system: You are a helpful assistant.
user:
Analyze the provided spectrum to determine if it is a **White Dwarf (WD)**.

A White Dwarf spectrum is defined by its **extreme purity** (due to gravitational settling) and/or **extreme pressure broadening** (due to high surface gravity). You must check for one of the following mutually exclusive signatures:

- **Key Visual Indicators (Check for ONE of these types):**

    - **1. DA-Type Signature (Most Common):**
        - **(Primary Feature):** Extreme pressure broadening (Stark broadening) of the **Hydrogen (H) Balmer lines**.
        - **(Key Lines):** $H\beta$ (approx. $4861$ Å) and $H\gamma$ (approx. $4340$ Å). $H\alpha$ (approx. $6563$ Å) will also be present if the wavelength range covers it.
        - **(Line Profile):** This is the **defining feature**. The lines are **NOT** sharp. They appear as massive, **extremely broad and deep "troughs" or "dips"** in the spectrum, often hundreds of Ångströms wide. The continuum will appear to "scoop" down at these wavelengths.
        - **(Distinction):** Normal A-type or B-type stars have *narrow* and *sharp* Hydrogen lines. A DA White Dwarf's lines are unmistakably "smeared" or "blurry" from pressure.

    - **2. DB-Type Signature:**
        - **(Primary Feature):** Broad absorption lines from **Neutral Helium (He I)**. The spectrum must lack any visible Hydrogen lines.
        - **(Key Lines):** Look for broad absorption near $4471$ Å, $4921$ Å, and $5876$ Å.
        - **(Line Profile):** These lines are also significantly pressure-broadened, appearing much wider than they would in a normal B-type main-sequence star.

    - **3. DC-Type Signature:**
        - **(Primary Feature):** A **featureless continuous spectrum**.
        - **(Line Profile):** The spectrum is a smooth curve with **no significant absorption or emission lines**.
        - **(Key Confirmation):** The continuum is almost always **blue or white**, indicating a hot object. This signature implies the atmosphere is so pure (or so cool) that no spectral lines are visible in the optical range. Its WD identity is confirmed by its extremely low intrinsic brightness (high absolute magnitude).

    - **4. DZ-Type Signature (Metal-Polluted):**
        - **(Primary Feature):** **Isolated, narrow metal absorption lines** on an otherwise featureless (DC-like) continuum.
        - **(Key Lines):** The **Calcium (Ca II) H & K doublet** (approx. **$3934$ Å** and **$3968$ Å**) is the most common and defining feature.
        - **(Line Profile):** These lines are "out of place." They are *not* part of a "forest" of thousands of lines. This signature is evidence of recent *accretion* (pollution) from rocky debris.
        - **(Distinction):** Normal G/K/M stars have a *dense forest* of thousands of metal lines. A DZ has a *clean* continuum with *only a few* strong metal lines.

    - **5. DQ-Type Signature (Carbon-Polluted):**
        - **(Primary Feature):** Absorption bands from **Carbon (C₂ "Swan Bands" or atomic C I)**.
        - **(Key Lines - C₂):** Look for bandheads with a "saw-tooth" shape near $5635$ Å, **$5165$ Å** (strongest), and $4737$ Å.
        - **(Key Confirmation):** The underlying **continuum must be blue or white** (hot).
        - **(Distinction):** This is the critical difference from a **Carbon Star**, which has the *exact same* C₂ bands but on an extremely **red, cool** continuum.

- **(Overall Spectrum):**
    - The continuum (overall shape) is typically **blue-sloping** (brighter in the blue than the red), as most white dwarfs are very hot.
    - The spectrum will look "pure" or "simple," dominated by only *one* of the five signatures listed above.

Think first, call **spectral_visualization_tool** if needed to examine features in detail, then provide your final answer. Your response must adhere to the following strict rules:
1.  **Overall Structure:** Your response must follow the format `<think>...</think> <tool_call>...</tool_call> (if a tool is used) <answer>...</answer>`.
2.  **Tool Usage Constraint:** You may only make **one** tool call per turn.
3.  **Final Answer Format:** In the `<answer>` tag, your conclusion must be inside a `\boxed{}` command (e.g., `\boxed{YES}` or `\boxed{NO}`), followed by your justification.

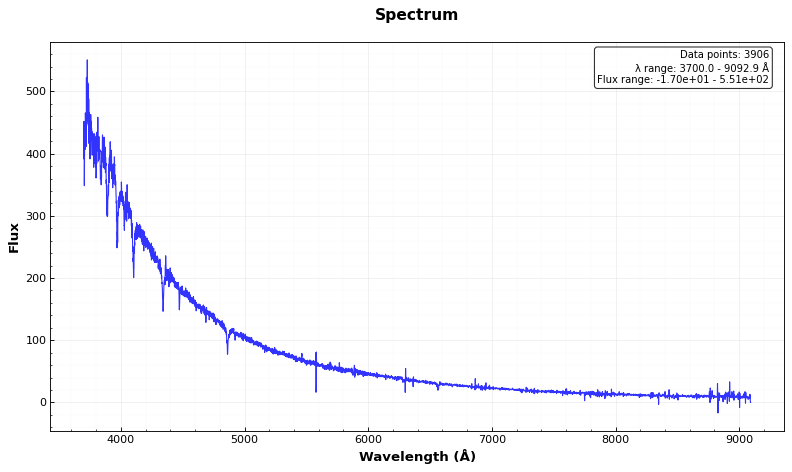
Answer: YES